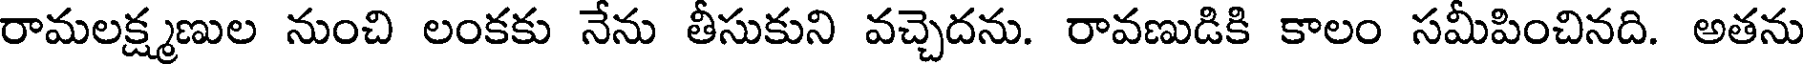
రామలక్ష్మణుల నుంచి లంకకు నేను తీసుకుని వచ్చెదను. రావణుడికి కాలం సమీపించినది. అతను